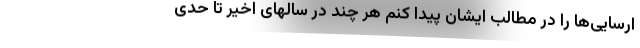
ارسایی‌ها را در مطالب ایشان پیدا کنم هر چند در سالهای اخیر تا حدی